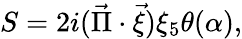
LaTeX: S=2i(\vec{\Pi}\cdot\vec{\xi})\xi_{5}\theta(\alpha),